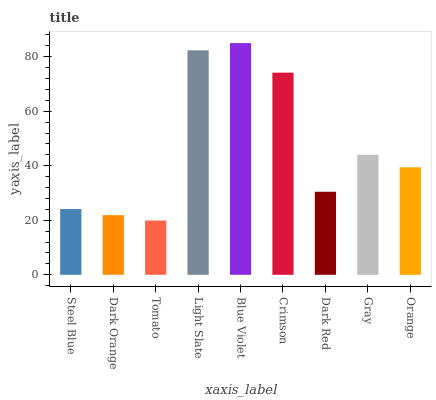
| xaxis_label | bars |
 | --- | --- |
 | Steel Blue | 24.1 |
 | Dark Orange | 21.9 |
 | Tomato | 19.9 |
 | Light Slate | 82.4 |
 | Blue Violet | 85 |
 | Crimson | 74.2 |
 | Dark Red | 30.5 |
 | Gray | 44 |
 | Orange | 39.4 |